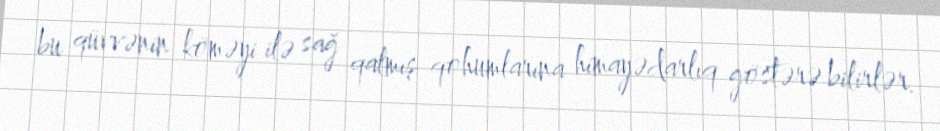
bu qüvvənin köməyi ilə sağ qalmış qohumlarına himayədarlıq göstərə bilirlər.